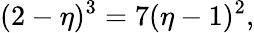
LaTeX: (2-\eta)^{3}=7(\eta-1)^{2},